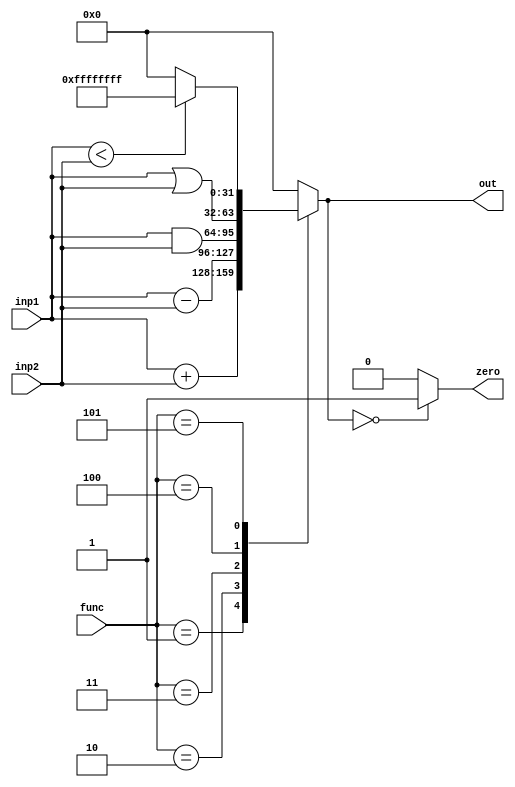
`timescale 1ps/1ps
module ALU (
    inp1,
    inp2,
    func,
    out,
    zero
    );
    parameter n = 32;
    input [31:0]inp1, inp2;
    input [2:0]func;
    output reg[31:0]out;
    output reg zero;

    parameter NOP = 3'b000, ADD = 3'b001, SUB = 3'b010, AND = 3'b011,
               OR  = 3'b100, SLT = 3'b101;
               
    always @(*) begin
      out = 32'b0;
      zero = 1'b0;
      case (func)
        NOP : out = 32'b0;
        ADD : out = inp1 + inp2;
        SUB : out = inp1 - inp2;
        AND : out = inp1 & inp2;
        OR  : out = inp1 | inp2;
        SLT : begin
          if (inp1 < inp2)
            out = 32'b11111111111111111111111111111111;
          else 
            out = 32'b0;
        end
      endcase
      if(out == 32'b0)
        zero = 1'b1;
    end                 
endmodule